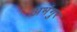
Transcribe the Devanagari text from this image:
अभंगुर